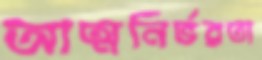
আত্মনির্ভরতা